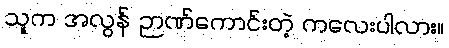
သူက အလွန် ဉာဏ်ကောင်းတဲ့ ကလေးပါလား။